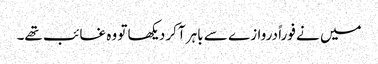
میں نے فوراً دروازے سے باہر آکر دیکھا تو وہ غائب تھے۔